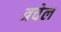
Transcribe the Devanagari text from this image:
त्रचेल